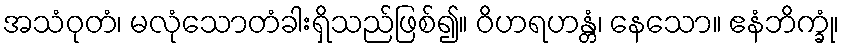
အသံဝုတံ၊ မလုံသောတံခါးရှိသည်ဖြစ်၍။ ဝိဟရဟန္တံ၊ နေသော။ ဧနံဘိက္ခုံ၊